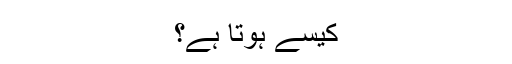
کیسے ہوتا ہے؟